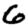
Digit: 6